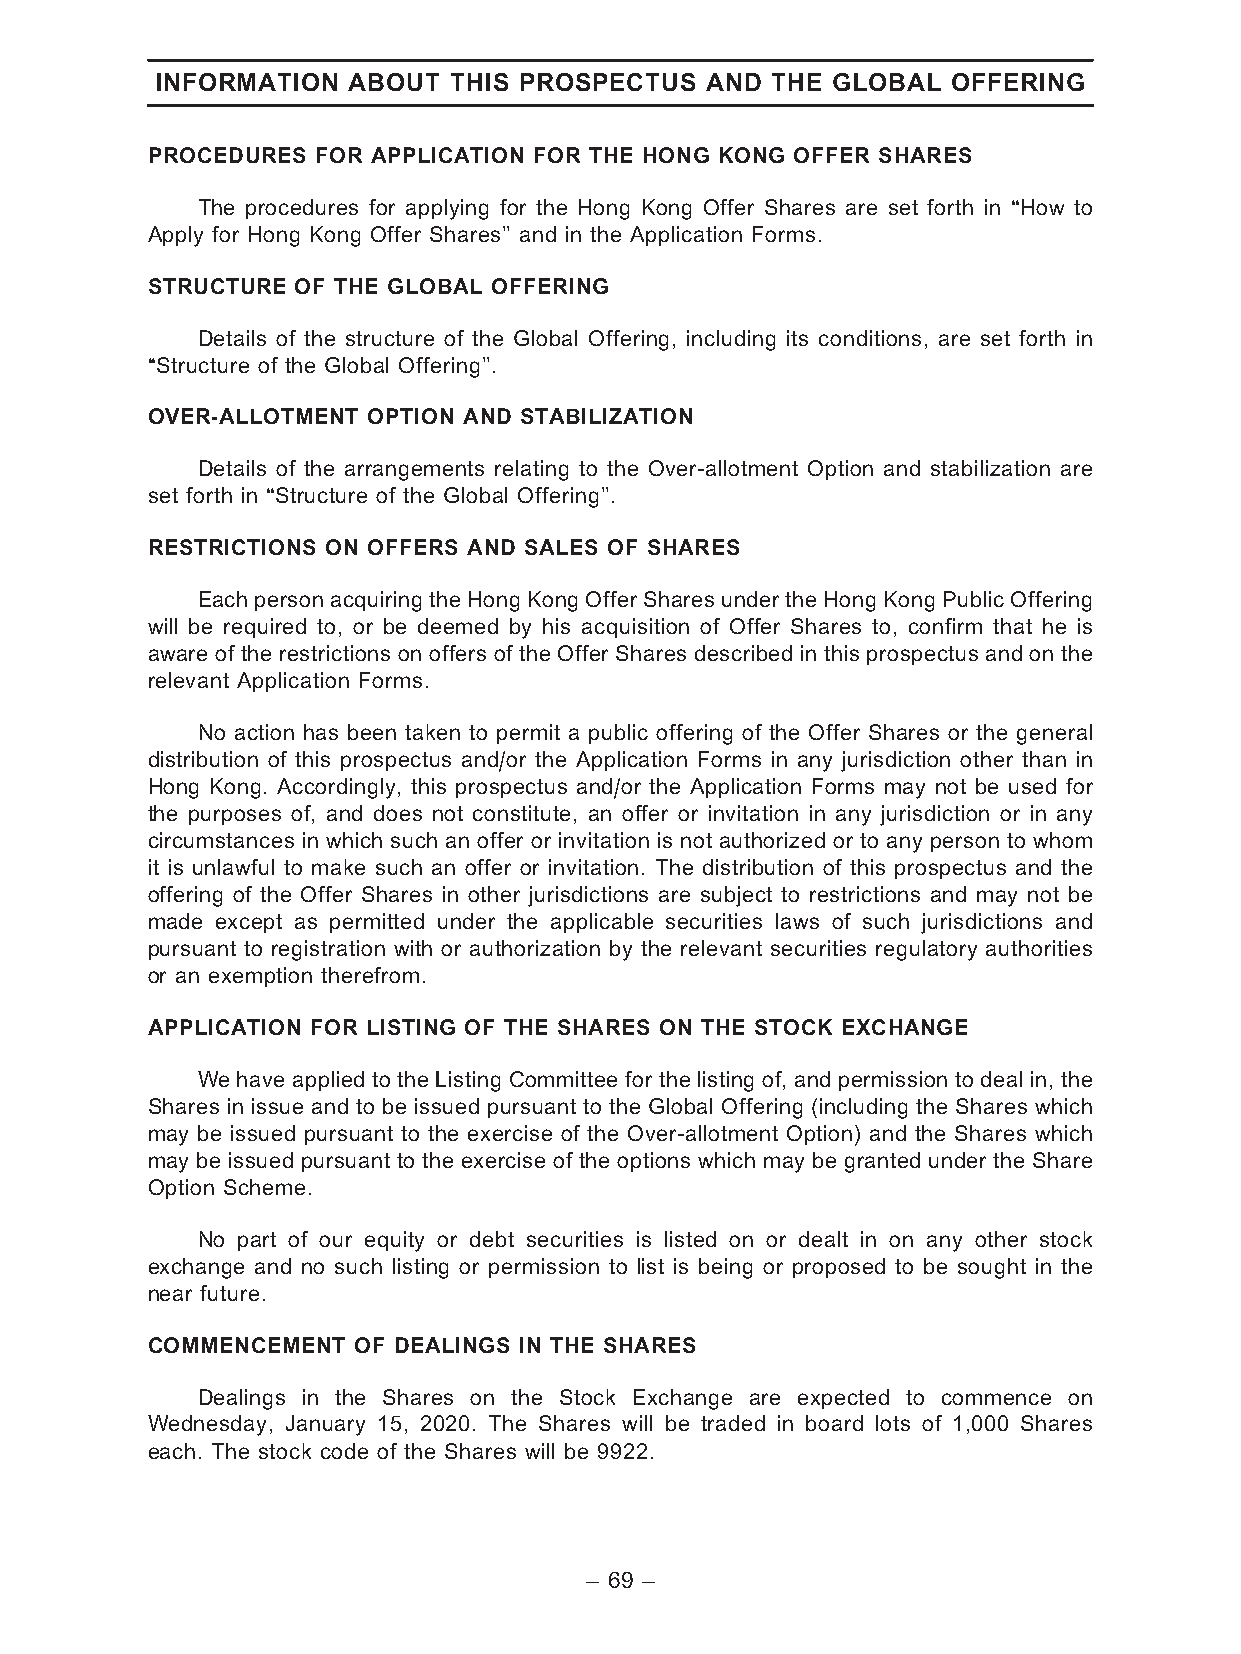
INFORMATION  ABOUT  THIS PROSPECTUS  AND THE GLOBAL  OFFERING
 PROCEDURES FOR APPLICATION FOR THE HONG KONG OFFER SHARES
 The procedures for applying for the Hong Kong Offer Shares are set forth in ‘‘How to
 Apply for Hong Kong Offer Shares’’ and in the Application Forms.
 STRUCTURE OF THE GLOBAL OFFERING
 Details of the structure of the Global Offering, including its conditions, are set forth in
 ‘‘Structure of the Global Offering’’.
 OVER-ALLOTMENT OPTION AND STABILIZATION
 Details of the arrangements relating to the Over-allotment Option and stabilization are
 set forth in ‘‘Structure of the Global Offering’’.
 RESTRICTIONS ON OFFERS AND SALES OF SHARES
 EachpersonacquiringtheHongKongOfferSharesundertheHongKongPublicOffering
 will be required to, or be deemed by his acquisition of Offer Shares to, confirm that he is
 aware of the restrictions on offers of the Offer Shares described in this prospectus and on the
 relevant Application Forms.
 No action has been taken to permit a public offering of the Offer Shares or the general
 distribution of this prospectus and/or the Application Forms in any jurisdiction other than in
 Hong Kong. Accordingly, this prospectus and/or the Application Forms may not be used for
 the purposes of, and does not constitute, an offer or invitation in any jurisdiction or in any
 circumstances in which such an offer or invitation is not authorized or to any person to whom
 it is unlawful to make such an offer or invitation. The distribution of this prospectus and the
 offering of the Offer Shares in other jurisdictions are subject to restrictions and may not be
 made except as permitted under the applicable securities laws of such jurisdictions and
 pursuant to registration with or authorization by the relevant securities regulatory authorities
 or an exemption therefrom.
 APPLICATION FOR LISTING OF THE SHARES ON THE STOCK EXCHANGE
 We have applied to the Listing Committee for the listing of, and permission to deal in, the
 Shares in issue and to be issued pursuant to the Global Offering (including the Shares which
 may be issued pursuant to the exercise of the Over-allotment Option) and the Shares which
 may be issued pursuant to the exercise of the options which may be granted under the Share
 Option Scheme.
 No part of our equity or debt securities is listed on or dealt in on any other stock
 exchange and no such listing or permission to list is being or proposed to be sought in the
 near future.
 COMMENCEMENT OF DEALINGS IN THE SHARES
 Dealings in the Shares on the Stock Exchange are expected to commence on
 Wednesday, January 15, 2020. The Shares will be traded in board lots of 1,000 Shares
 each. The stock code of the Shares will be 9922.
 – 69 –